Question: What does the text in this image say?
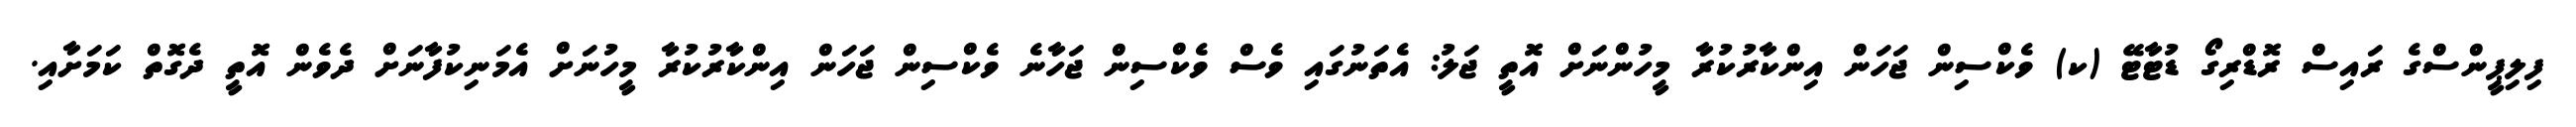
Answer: ފިލިޕީންސްގެ ރައިސް ރޮޑްރިގޯ ޑުޓާޓޭ (ކ) ވެކްސިން ޖަހަން އިންކާރުކުރާ މީހުންނަށް އޮތީ ޖަލު: އެތަނުގައި ވެސް ވެކްސިން ޖަހާނެ ވެކްސިން ޖަހަން އިންކާރުކުރާ މީހުނަށް އެމަނިކުފާނަށް ދެވެން އޮތީ ދެގޮތް ކަމަށާއި.